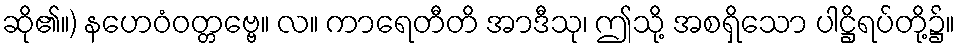
ဆို၏။) နဟေဝံဝတ္တဗ္ဗေ။ လ။ ကာရေတီတိ အာဒီသု၊ ဤသို့ အစရှိသော ပါဋ္ဌိရပ်တို့၌။